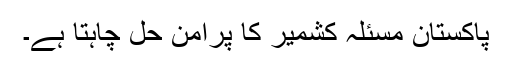
پاکستان مسئلہ کشمیر کا پرامن حل چاہتا ہے۔